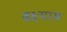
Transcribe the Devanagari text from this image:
वक्ष्याम